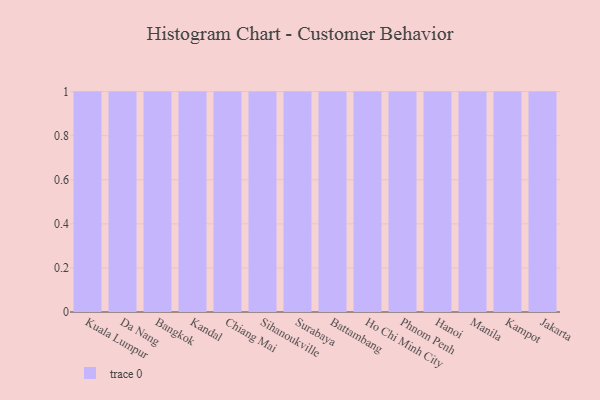
{"axis": {"x": "City", "y": "Demand Index"}, "legend": [""], "data": [{"x": "Kuala Lumpur", "y": 76, "type": ""}, {"x": "Da Nang", "y": 29, "type": ""}, {"x": "Bangkok", "y": 32, "type": ""}, {"x": "Kandal", "y": 19, "type": ""}, {"x": "Chiang Mai", "y": 69, "type": ""}, {"x": "Sihanoukville", "y": 23, "type": ""}, {"x": "Surabaya", "y": 81, "type": ""}, {"x": "Battambang", "y": 38, "type": ""}, {"x": "Ho Chi Minh City", "y": 3, "type": ""}, {"x": "Phnom Penh", "y": 83, "type": ""}, {"x": "Hanoi", "y": 34, "type": ""}, {"x": "Manila", "y": 90, "type": ""}, {"x": "Kampot", "y": 26, "type": ""}, {"x": "Jakarta", "y": 94, "type": ""}]}